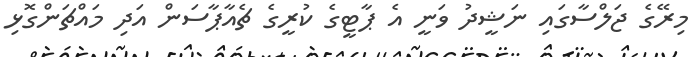
މިރޭގެ ޖަލްސާގައި ނަޝީދު ވަނީ އެ ޕާޓީގެ ކުރީގެ ޗެއާޕާސަން އަދި މައްޗަންގޮޅި